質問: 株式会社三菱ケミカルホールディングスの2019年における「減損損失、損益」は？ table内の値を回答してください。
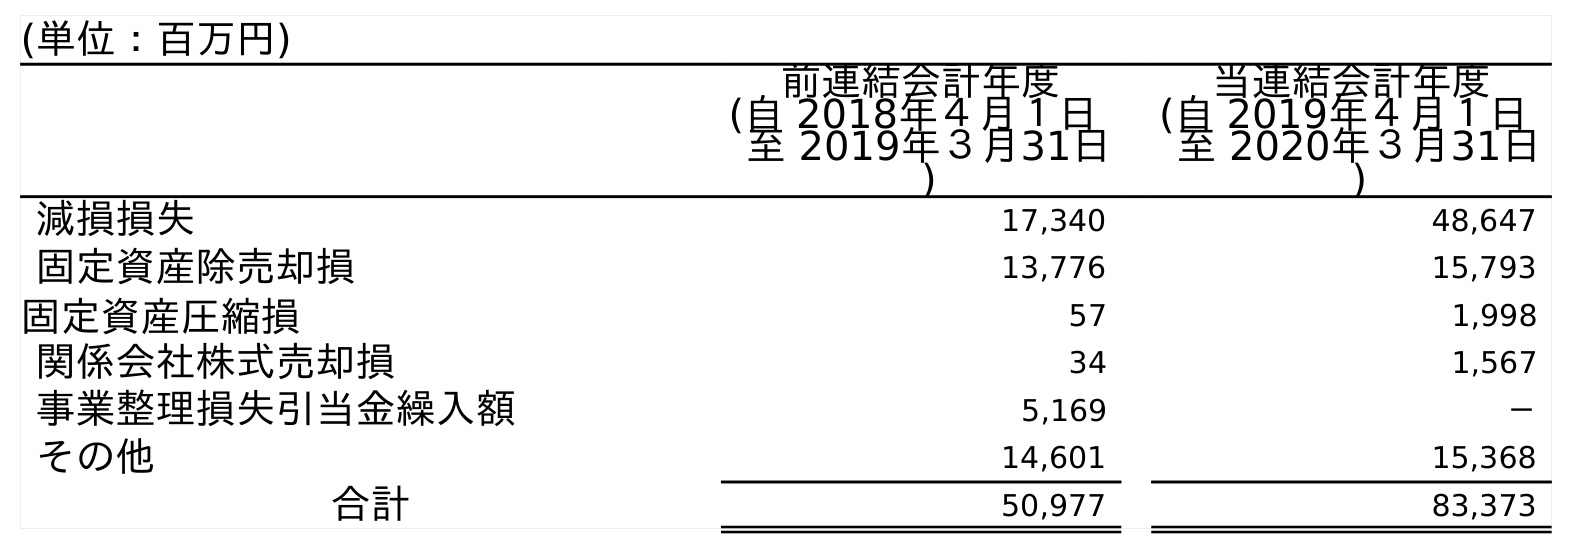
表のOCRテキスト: (単位：百万円) 前連結会計年度 (自 2018年４月１日 至 2019年３月31日 ) 当連結会計年度 (自 2019年４月１日 至 2020年３月31日 ) 減損損失 17,340 48,647 固定資産除売却損 13,776 15,793 固定資産圧縮損 57 1,998 関係会社株式売却損 34 1,567 事業整理損失引当金繰入額 5,169 － その他 14,601 15,368 合計 50,977 83,373
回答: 17,340